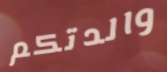
والدتكم